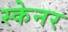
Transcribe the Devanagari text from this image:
स्‍केनर